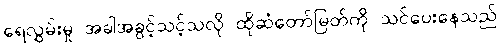
ရေလွှမ်းမှု အခါအခွင့်သင့်သလို ထိုဆံတော်မြတ်ကို သင်ပေးနေသည်